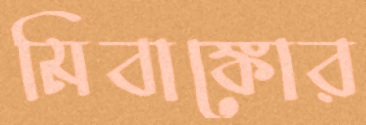
মিবাঙ্কোর